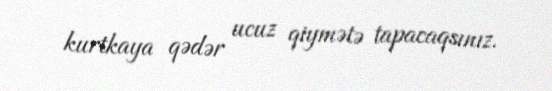
kurtkaya qədər ucuz qiymətə tapacaqsınız.